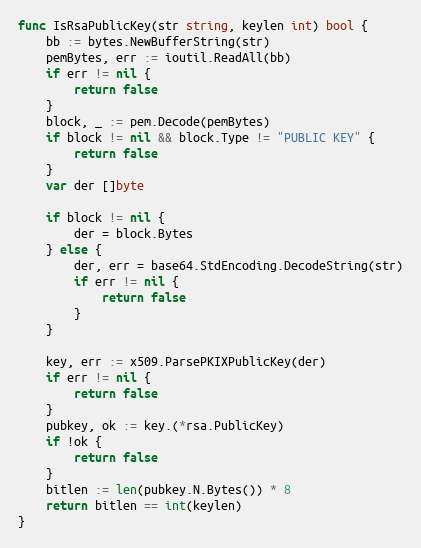
Language: Go
func IsRsaPublicKey(str string, keylen int) bool {
	bb := bytes.NewBufferString(str)
	pemBytes, err := ioutil.ReadAll(bb)
	if err != nil {
		return false
	}
	block, _ := pem.Decode(pemBytes)
	if block != nil && block.Type != "PUBLIC KEY" {
		return false
	}
	var der []byte

	if block != nil {
		der = block.Bytes
	} else {
		der, err = base64.StdEncoding.DecodeString(str)
		if err != nil {
			return false
		}
	}

	key, err := x509.ParsePKIXPublicKey(der)
	if err != nil {
		return false
	}
	pubkey, ok := key.(*rsa.PublicKey)
	if !ok {
		return false
	}
	bitlen := len(pubkey.N.Bytes()) * 8
	return bitlen == int(keylen)
}